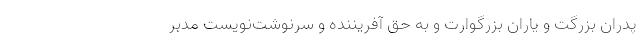
پدران بزرگت و ياران بزرگوارت و به حق آفريننده و سرنوشت‌نويست مدبر